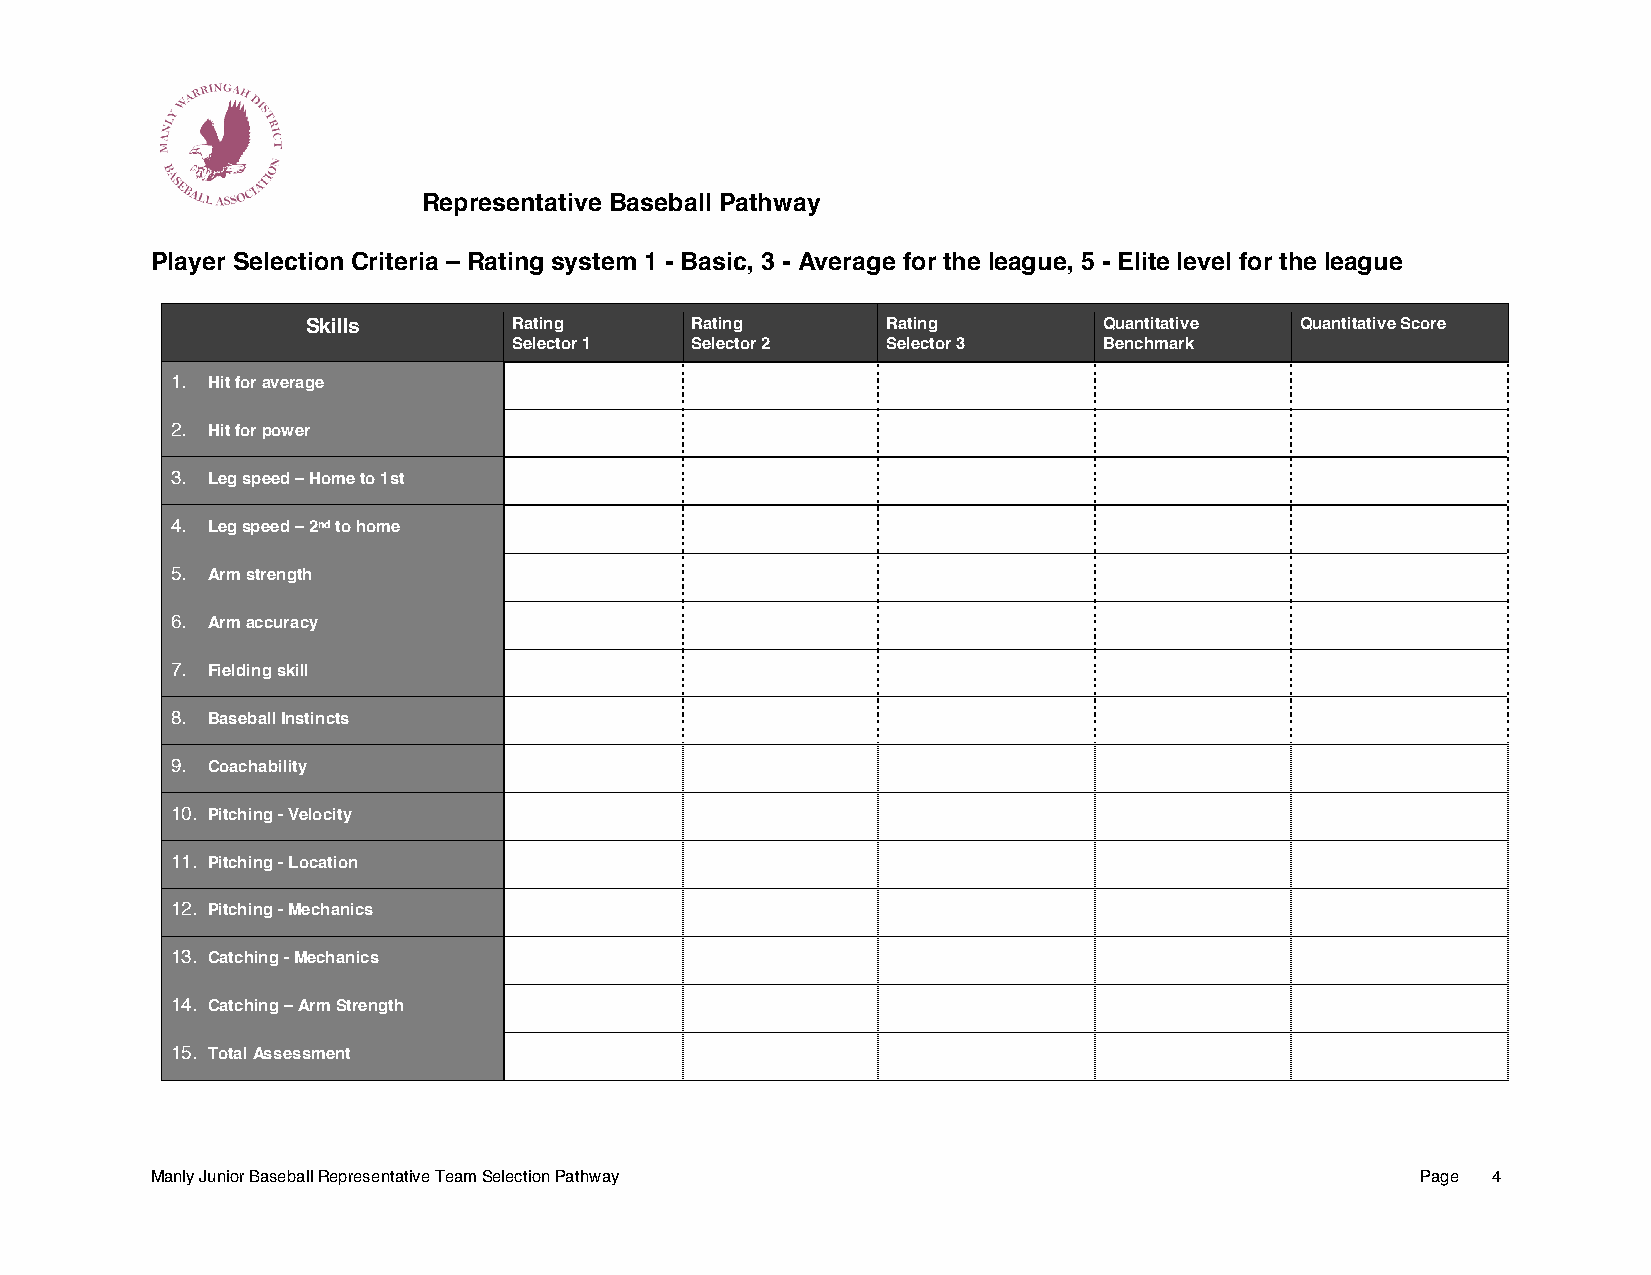
Representative Baseball Pathway
 Player Selection Criteria – Rating system 1 - Basic, 3 - Average for the league, 5 - Elite level for the league
 Skills        Rating      Rating       Rating        Quantitative Quantitative Score
 Selector 1  Selector 2   Selector 3    Benchmark
 1. Hit for average
 2. Hit for power
 3. Leg speed – Home to 1st
 4. Leg speed – 2nd to home
 5. Arm strength
 6. Arm accuracy
 7. Fielding skill
 8. Baseball Instincts
 9. Coachability
 10. Pitching - Velocity
 11. Pitching - Location
 12. Pitching - Mechanics
 13. Catching - Mechanics
 14. Catching – Arm Strength
 15. Total Assessment
 Manly Junior Baseball Representative Team Selection Pathway                         Page 4